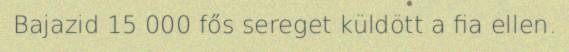
Bajazid 15 000 fős sereget küldött a fia ellen.